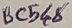
Text: BC548